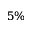
5 \%